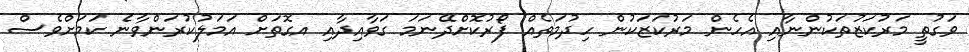
ވަގުތީ މަރުކަޒުތަކުންނާއި އެހެން މަރުކަޒަކުން ހިދުމަތެއް ފޯރުކޮށްދޭނަމަ ގަވާއިދާއި އގޮތަށް އަމަލުކުރަންވާނެ ކަމަށްވެސް